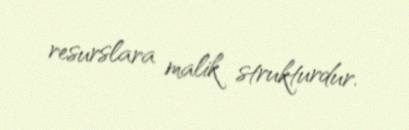
resurslara malik strukturdur.